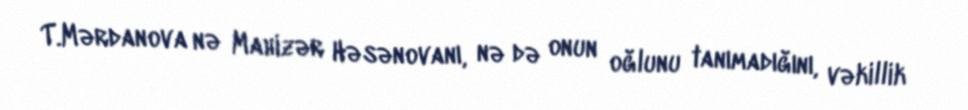
T.Mərdanova nə Mahizər Həsənovanı, nə də onun oğlunu tanımadığını, vəkillik